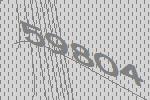
59804